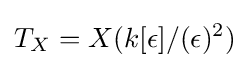
T_{X}=X(k[\epsilon ]/(\epsilon )^{2})